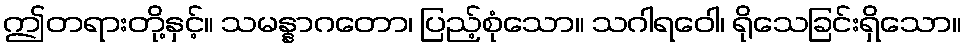
ဤတရားတို့နှင့်။ သမန္နာဂတော၊ ပြည့်စုံသော။ သဂါရဝေါ၊ ရိုသေခြင်းရှိသော။